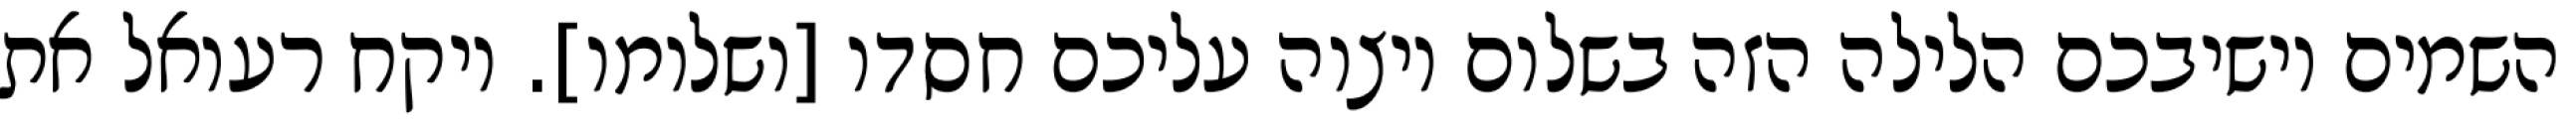
השמים יושיבכם הלילה הזה בשלום ויצוה עליכם חסדו [ושלומו]. ויקח רעואל את